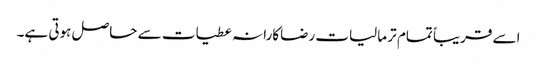
اسے قریباً تمام تر مالیات رضاکارانہ عطیات سے حاصل ہوتی ہے۔